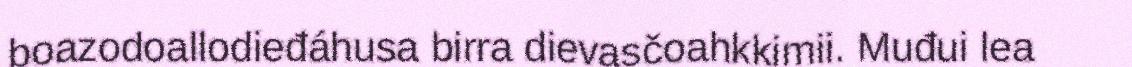
boazodoallodieđáhusa birra dievasčoahkkimii. Muđui lea